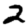
Digit: 2